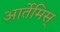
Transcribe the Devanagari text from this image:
आर्तेमिस्